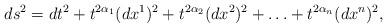
LaTeX: \begin{align*}ds^2= dt^2 + t ^{2 \alpha_1} (dx^1)^2 + t ^{2 \alpha_2} (dx^2)^2+\ldots + t^{2 \alpha_n} (dx^n)^2,\end{align*}